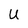
Character: U